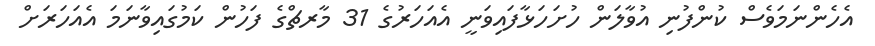
އެހެންނަމަވެސް ކުންފުނި އުވާލަން ހުށަހަޅާފައިވަނީ އެއަހަރުގެ 31 މާރޗްގެ ފަހުން ކަމުގައިވާނަމަ އެއަހަރަށް